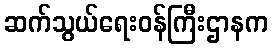
ဆက်သွယ်ရေးဝန်ကြီးဌာနက